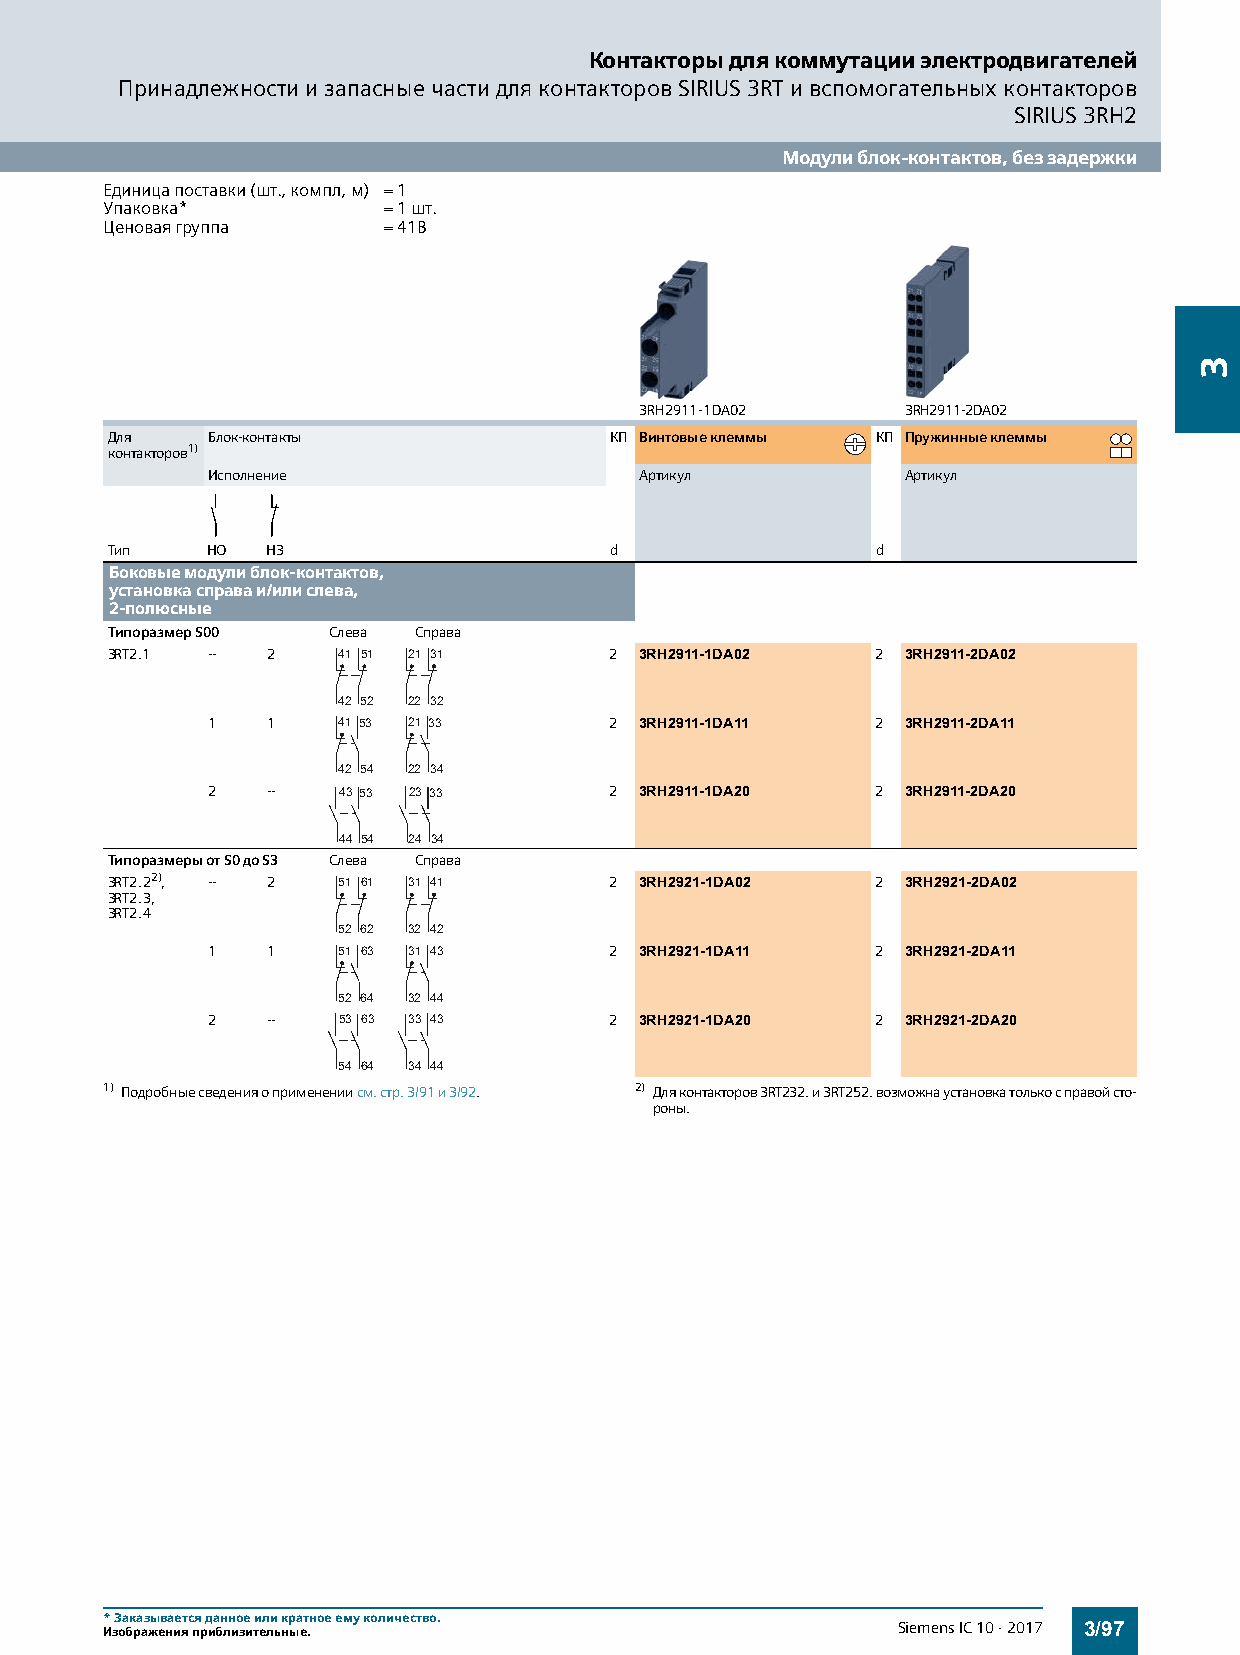
Контакторы для коммутации электродвигателей
 Принадлежности и запасные части для контакторов SIRIUS 3RT и вспомогательных контакторов
 SIRIUS 3RH2
 Модули блок-контактов, без задержки
 Единица поставки (шт., компл, м) = 1
 Упаковка*         = 1 шт.
 Ценовая группа    = 41B
 3RH2911-1DA02     3RH2911-2DA02
 Для    Блок-контакты             КП Винтовые клеммы КП Пружинные клеммы
 контакторов1)
 Исполнение                  Артикул           Артикул
 Тип    НО  НЗ                    d                 d
 Боковые модули блок-контактов,
 установка справа и/или слева,
 2-полюсные
 Типоразмер S00 Слева Справа
 3RT2.1 --  2   41 51 21 31       2 3RH2911-1DA02   2 3RH2911-2DA02
 42 52 22 32
 1   1   41 53 21 33       2 3RH2911-1DA11   2 3RH2911-2DA11
 42 54 22 34
 2   --  43 53 23 33       2 3RH2911-1DA20   2 3RH2911-2DA20
 44 54 24 34
 Типоразмеры от S0 до S3 Слева Справа
 3RT2.22), -- 2 51 61 31 41       2 3RH2921-1DA02   2 3RH2921-2DA02
 3RT2.3,
 3RT2.4
 52 62 32 42
 1   1   51 63 31 43       2 3RH2921-1DA11   2 3RH2921-2DA11
 52 64 32 44
 2   --  53 63 33 43       2 3RH2921-1DA20   2 3RH2921-2DA20
 54 64 34 44
 1) Подробные сведения о применении см. стр.3/91 и 3/92. 2) Для контакторов 3RT232. и 3RT252. возможна установка только с правой сто-
 роны.
 *Заказывается данное или кратное ему количество.
 Изображения приблизительные.                        Siemens IC 10 · 2017 3/97
 3